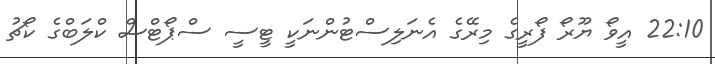
22:10 އީވޯ ޔޫރޯ ފޯރީގެ މިރޭގެ އެނަލިސްޓުންނަކީ ޓީސީ ސްޕޯޓްސް ކްލަބްގެ ކޯޗު